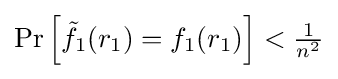
\Pr \left[{\tilde {f}}_{1}(r_{1})=f_{1}(r_{1})\right]<{\tfrac {1}{n^{2}}}